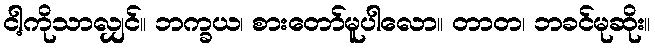
ငါ့ကိုသာလျှင်။ ဘက္ခယ၊ စားတော်မူပါလော။ တာတ၊ ဘခင်မုဆိုး။